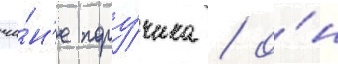
чи́н'е пору́чика / о́н